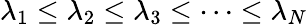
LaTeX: \lambda_{1}\leq\lambda_{2}\leq\lambda_{3}\leq\dots\leq\lambda_{N}